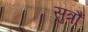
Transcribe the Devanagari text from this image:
सुत्रौं